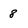
Character: 8